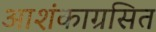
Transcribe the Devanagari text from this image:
आशंकाग्रसित